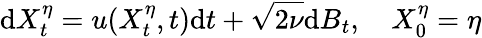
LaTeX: \textrm{d}X_{t}^{\eta}=u(X_{t}^{\eta},t)\textrm{d}t+\sqrt{2\nu}\textrm{d}B_{t},\quad X_{0}^{\eta}=\eta